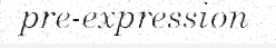
pre-expression